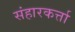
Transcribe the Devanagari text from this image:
संहारकर्त्ता